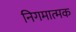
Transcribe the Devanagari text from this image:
निगमात्मक